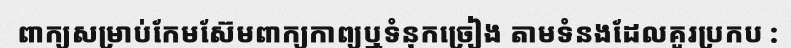
ពាក្យសម្រាប់កែមស៊ែមពាក្យកាព្យឬទំនុកច្រៀង តាមទំនងដែលគួរប្រកប :